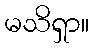
မသိရှာ။